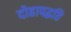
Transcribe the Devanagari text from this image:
दोहापद्धति